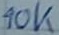
Text: 10K